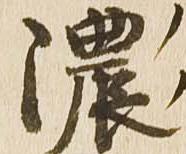
濃